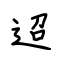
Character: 迢